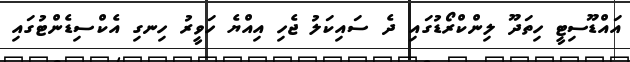
އައްޑޫސިޓީ ހިތަދޫ ލިންކްރޯޑުގައި ދެ ސައިކަލު ޖެހި އިއްޔެ ހަވީރު ހިނގި އެކްސިޑެންޓުގައި